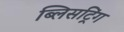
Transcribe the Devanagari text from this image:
ब्लिसट्रिंग